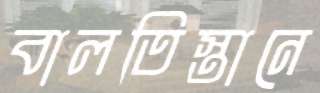
বালতিস্তানে